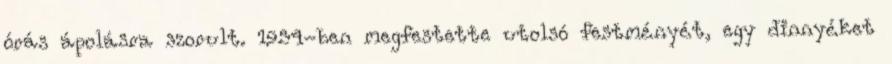
órás ápolásra szorult. 1954-ben megfestette utolsó festményét, egy dinnyéket